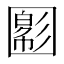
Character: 𡈪